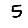
Digit: 5